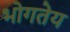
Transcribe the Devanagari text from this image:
भोगतेय